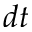
d t